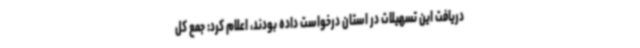
دریافت این تسهیلات در استان درخواست داده بودند، اعلام کرد: جمع کل